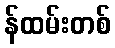
န်ထမ်းတစ်